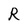
Character: R